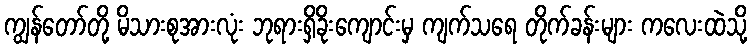
ကျွန်တော်တို့ မိသားစုအားလုံး ဘုရားရှိခိုးကျောင်းမှ ကျက်သရေ တိုက်ခန်းများ ကလေးထဲသို့